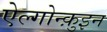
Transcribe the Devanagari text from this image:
ऐल्गोन्क़ुइन